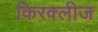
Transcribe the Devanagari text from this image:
किरक्लीज